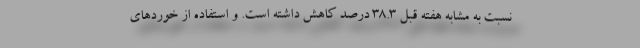
نسبت به مشابه هفته قبل ۳۸.۳ درصد کاهش داشته است. و استفاده از خوردهای